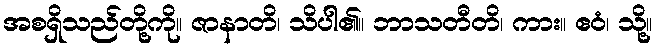
အစရှိသည်တို့ကို။ ဇာနာတိ၊ သိပါ၏။ ဘာသတီတိ၊ ကား။ ဧဝံ၊ သို့။